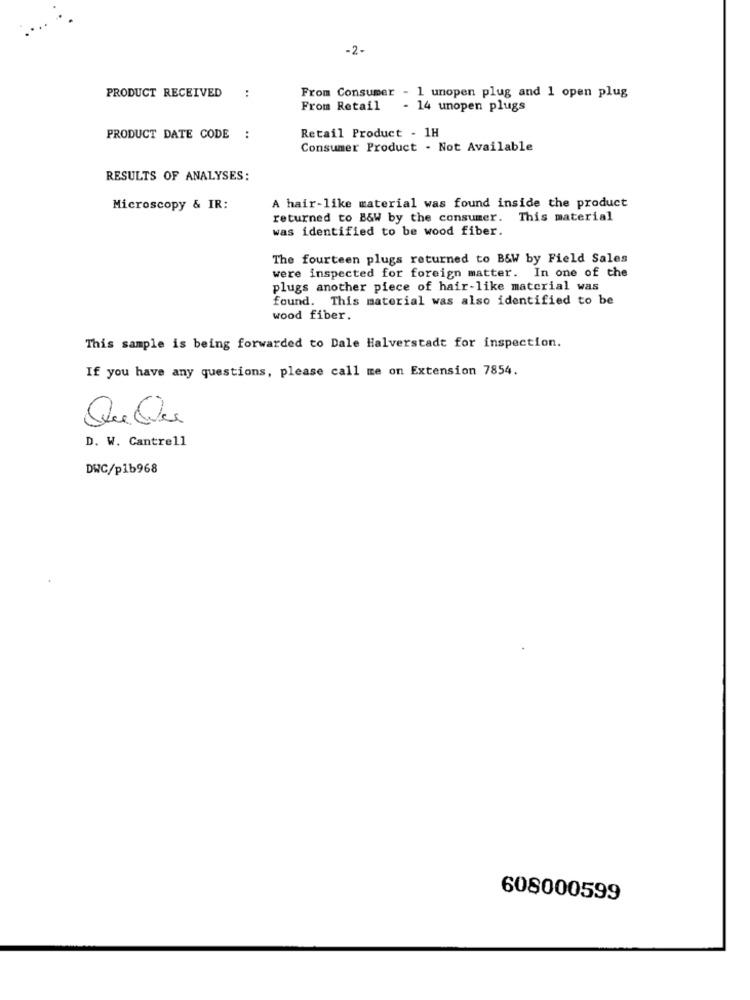
-2-
PRODUCT RECEIVED
:
From Consumer - 1 unopen plug and 1 open plug
From Retail - 14 unopen plugs
PRODUCT DATE CODE
..
Retail Product - 1H
Consumer Product . Not Available
RESULTS OF ANALYSES:
Microscopy & IR:
A hair-like material was found inside the product
returned to B&W by the consumer. This material
was identified to be wood fiber.
The fourteen plugs returned to B&W by Field Sales
were inspected for foreign matter. In one of the
plugs another piece of hair-like material was
found. This material was also identified to be
wood fiber.
This sample is being forwarded to Dale Halverstadt for inspection.
If you have any questions, please call me on Extension 7854.
Que Ces
D. W. Cantrell
DWC/p1b968
608000599